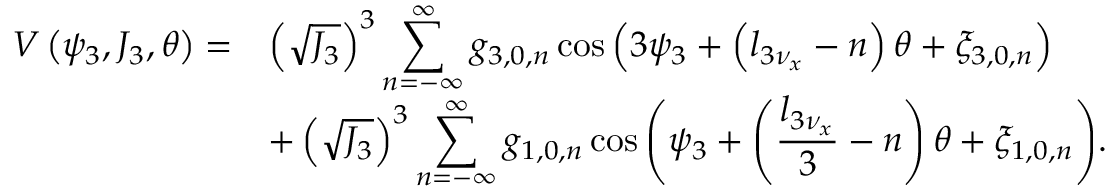
\begin{array} { c l } { V \left( \psi _ { 3 } , J _ { 3 } , \theta \right) = } & { \displaystyle \left( \sqrt { J _ { 3 } } \right) ^ { 3 } \displaystyle \sum _ { n = - \infty } ^ { \infty } { g _ { 3 , 0 , n } \cos { \left( 3 \psi _ { 3 } + \left( l _ { 3 \nu _ { x } } - n \right) \theta + \xi _ { 3 , 0 , n } \right) } } } \\ & { \displaystyle + \left( \sqrt { J _ { 3 } } \right) ^ { 3 } \displaystyle \sum _ { n = - \infty } ^ { \infty } { g _ { 1 , 0 , n } \cos { \left( \psi _ { 3 } + \left( \frac { l _ { 3 \nu _ { x } } } { 3 } - n \right) \theta + \xi _ { 1 , 0 , n } \right) } } . } \end{array}